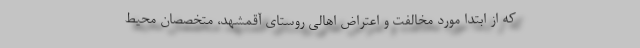
که از ابتدا مورد مخالفت و اعتراض اهالی روستای آقمشهد، متخصصان محیط